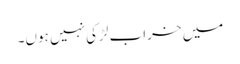
میں خراب لڑکی نہیں ہوں۔